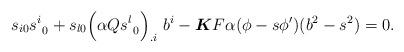
LaTeX: \begin{align*}s_{i0}s^i_{\ 0}+s_{l0}\Big(\alpha Qs^l_{\ 0}\Big)_{.i}\ b^i-\boldsymbol{K}F\alpha(\phi -s\phi')(b^2-s^2)=0.\end{align*}